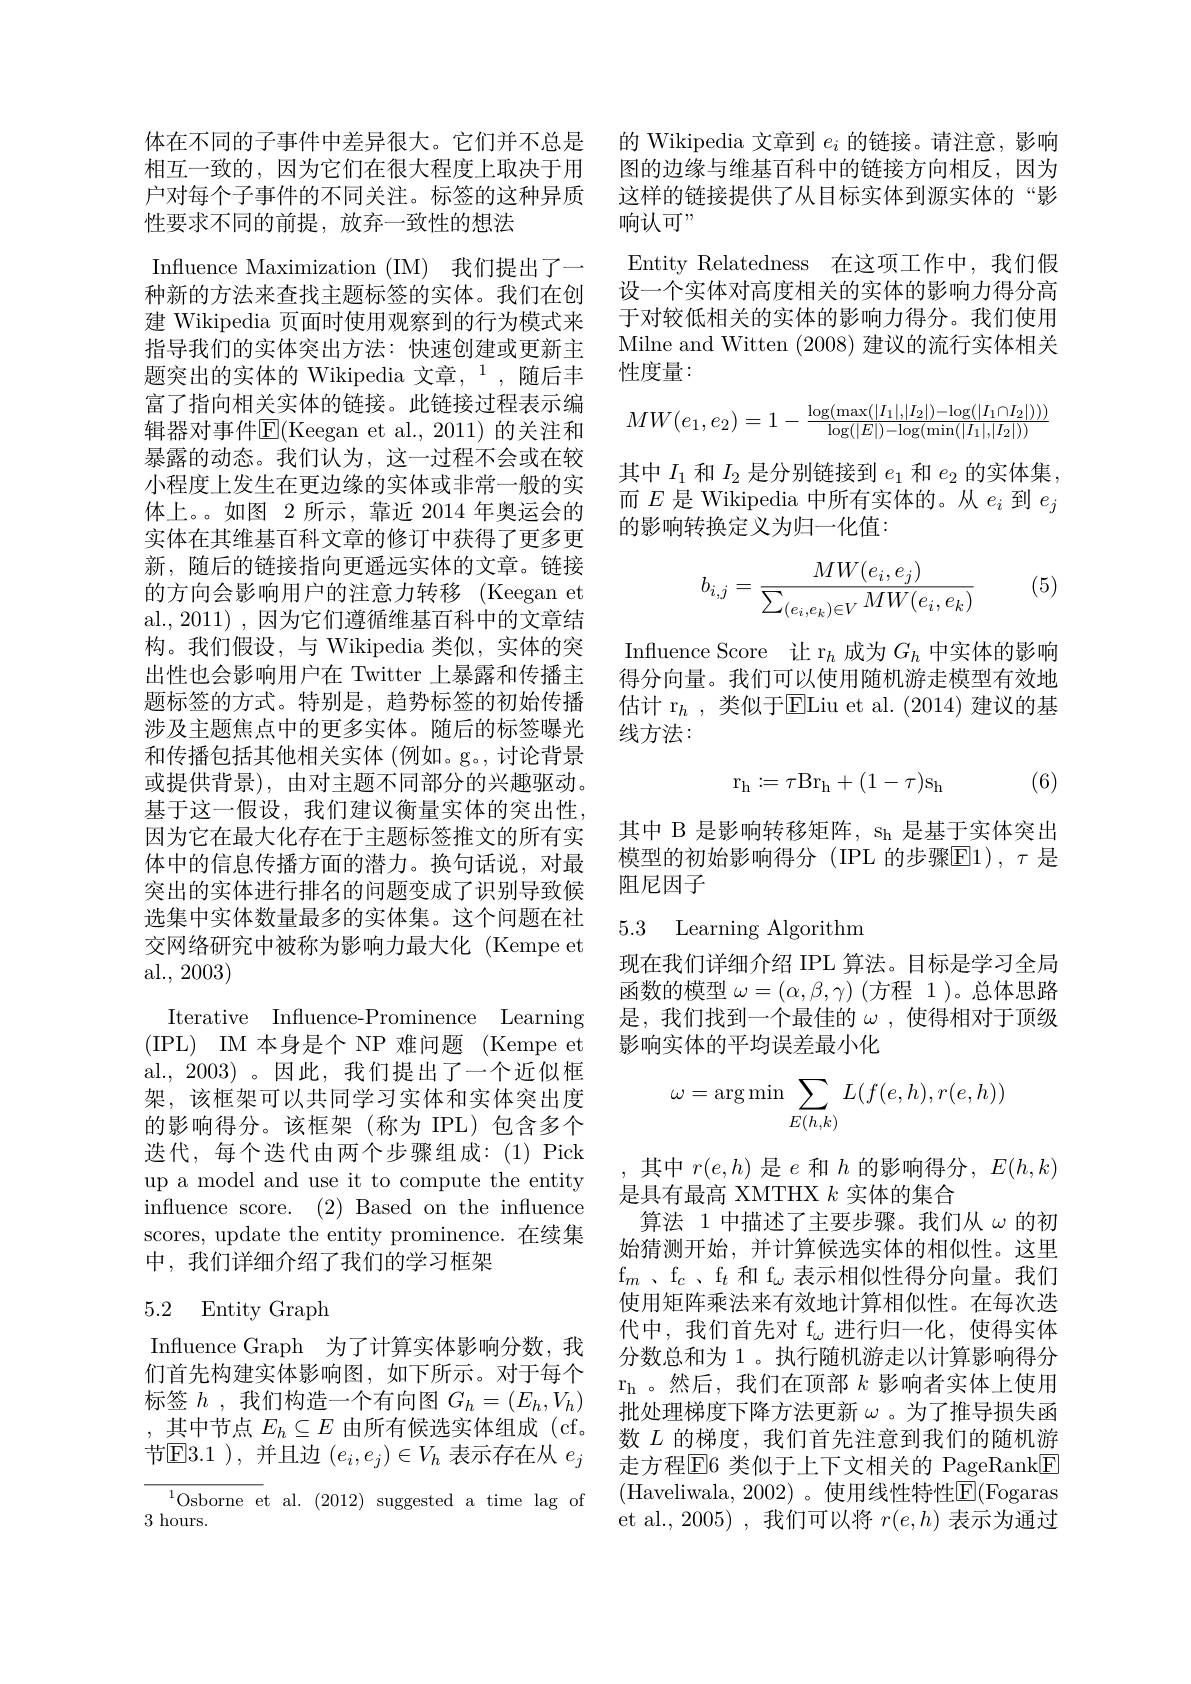
性要求不同的前提，放弃一致性的想法
Influence Maximization (IM) 我们提出了一种新的方法来查找主题标签的实体。我们在创建 Wikipedia 页面时使用观察到的行为模式来指导我们的实体突出方法：快速创建或更新主题突出的实体的 Wikipedia 文章，$^{1}$,随后丰富了指向相关实体的链接。此链接过程表示编辑器对事件E(Keegan et al.,2011) 的关注和暴露的动态。我们认为，这一过程不会或在较小程度上发生在更边缘的实体或非常一般的实体上。如图 2 所示，靠近 2014 年奥运会的实体在其维基百科文章的修订中获得了更多更新，随后的链接指向更遥远实体的文章。链接的方向会影响用户的注意力转移 (Keegan et al.,2011) , 因为它们遵循维基百科中的文章结构。我们假设，与 Wikipedia 类似，实体的突出性也会影响用户在 Twitter 上暴露和传播主题标签的方式。特别是，趋势标签的初始传播涉及主题焦点中的更多实体。随后的标签曝光和传播包括其他相关实体 (例如。g。,讨论背景或提供背景), 由对主题不同部分的兴趣驱动。基于这一假设，我们建议衡量实体的突出性， 因为它在最大化存在于主题标签推文的所有实体中的信息传播方面的潜力。换句话说，对最突出的实体进行排名的问题变成了识别导致候选集中实体数量最多的实体集。这个问题在社交网络研究中被称为影响力最大化 (Kempe et al., 2003)
Iterative Influence-Prominence Learning ( IPL) IM 本身是个 NP 难问题( Kempe et al.,2003)。因此，我们提出了一个近似框架，该框架可以共同学习实体和实体突出度的影响得分。该框架(称为 IPL)包含多个选代，每个迭代由两个步骤组成：(1)Pick up a model and use it to compute the entity influence score. (2) Based on the influence scores, update the entity prominence.在续集中，我们详细介绍了我们的学习框架
5.2 Entity Graph

Influence Graph 为了计算实体影响分数，我们首先构建实体影响图，如下所示。对于每个标签$h$,我们构造一个有向图$G_h=(E_h,V_h)$ ,其中节点$E_h\subseteq E$由所有候选实体组成 (cf。节$\mathbb{E}$3.1 ),并且边$(e_i,e_j)\in V_h$表示存在从$e_j$

$^{1}$Osborne et al. (2012) suggested a time lag of
3 hours.

体在不同的子事件中差异很大。它们并不总是 的 Wikipedia 文章到$e_i$的链接。请注意，影响相互一致的，因为它们在很大程度上取决于用 图的边缘与维基百科中的链接方向相反，因为户对每个子事件的不同关注。标签的这种异质 这样的链接提供了从目标实体到源实体的“影
响认可”
Entity Relatedness 在这项工作中，我们假设一个实体对高度相关的实体的影响力得分高于对较低相关的实体的影响力得分。我们使用Milne and Witten (2008)建议的流行实体相关性度量：
$$MW(e_1,e_2)=1-\frac{\log(\max(|I_1|,|I_2|)-\log(|I_1\cap I_2|)))}{\log(|E|)-\log(\min(|I_1|,|I_2|))}$$
其中$I_1$和$I_2$是分别链接到$e_1$和$e_2$的实体集， 而$E$是 Wikipedia 中所有实体的。从$e_i$到$e_j$ 的影响转换定义为归一化值：

(5)
$$b_{i,j}=\frac{MW(e_i,e_j)}{\sum_{(e_i,e_k)\in V}MW(e_i,e_k)}$$
Influence Score 让 r$_h$成为$G_h$中实体的影响得分向量。我们可以使用随机游走模型有效地估计 r$_h$ ,类似于$\overline{\mathrm{E}}$Liu et al.(2014) 建议的基线方法：

(6)
$$\mathrm r_\mathrm h:=\tau\mathrm B\mathrm r_\mathrm h+(1-\tau)\mathrm s_\mathrm h$$
其中 B 是影响转移矩阵，sh 是基于实体突出模型的初始影响得分(IPL 的步骤$\boxed{\mathrm{E}}1),\tau$ 是阻尼因子

## 5.3 Learning Algorithm

现在我们详细介绍 IPL 算法。目标是学习全局$函数的模型\omega=(\alpha,\beta,\gamma)$(方程 1)。总体思路是，我们找到一个最佳的$\omega$,使得相对于顶级影响实体的平均误差最小化
$$\omega=\arg\min\sum_{E(h,k)}L(f(e,h),r(e,h))$$
,其中$r(e,h)$是$e$和$h$的影响得分$,E(h,k)$
是具有最高 XMTHX $k$实体的集合
算法 1 中描述了主要步骤。我们从$\omega$的初始猜测开始，并计算候选实体的相似性。这里$\mathrm{f} _m$ , $\mathrm{f} _c$ , $\mathrm{f} _t$ 和 f$_\omega$表示相似性得分向量。我们使用矩阵乘法来有效地计算相似性。在每次迭代中，我们首先对 f$_\omega$进行归一化，使得实体分数总和为 1 。执行随机游走以计算影响得分$r_h$ 。然后，我们在顶部$k$影响者实体上使用批处理梯度下降方法更新$\omega$。为了推导损失函数$L$的梯度，我们首先注意到我们的随机游走方程$\boxed{\mathrm{E}}6$ 类似于上下文相关的 PageRank$\boxed{\mathrm{F}}$ (Haveliwala,2002)。使用线性特性E(Fogaras et al.,2005),我们可以将$r(e,h)$表示为通过